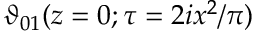
\vartheta _ { 0 1 } ( z = 0 ; \tau = 2 i x ^ { 2 } / \pi )